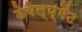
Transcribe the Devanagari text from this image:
डेवेल्प्मेंट